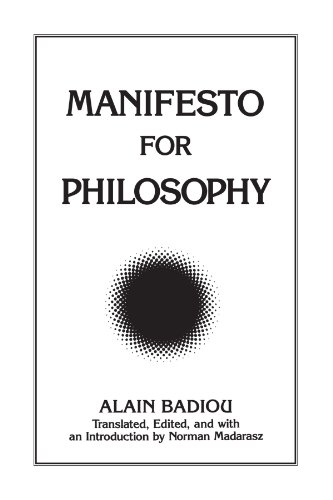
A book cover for Manifesto for Philosophy: Followed by Two Essays: "the (Re)Turn of Philosophy Itself" and "Definition of Philosophy" (Suny Series, Intersections, Philosophy and Critical Theory); Alain Badiou; Politics & Social Sciences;